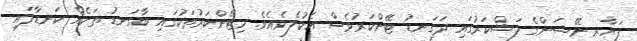
ފަޔާރ ނޭޝަންގެ ލަޝްކަރުގައި ދަގަނޑު ޓޭންކަރުވެސް އެކުލެވެއެވެ. މިޓޭންކަރުތަކުގައި ބާގަނޑު ތަކެއް ކަނޑާފައި